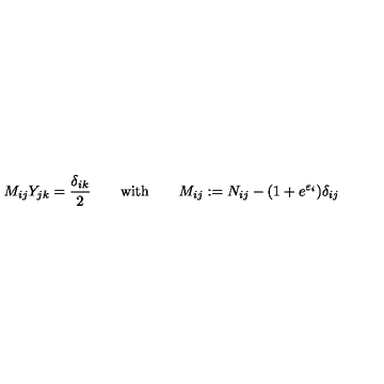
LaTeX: M _ { i j } Y _ { j k } = \frac { \delta _ { i k } } { 2 } \quad \quad \mathrm { w i t h } \qquad M _ { i j } : = N _ { i j } - ( 1 + e ^ { \varepsilon _ { i } } ) \delta _ { i j }